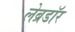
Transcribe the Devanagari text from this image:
लेब्रडॉर